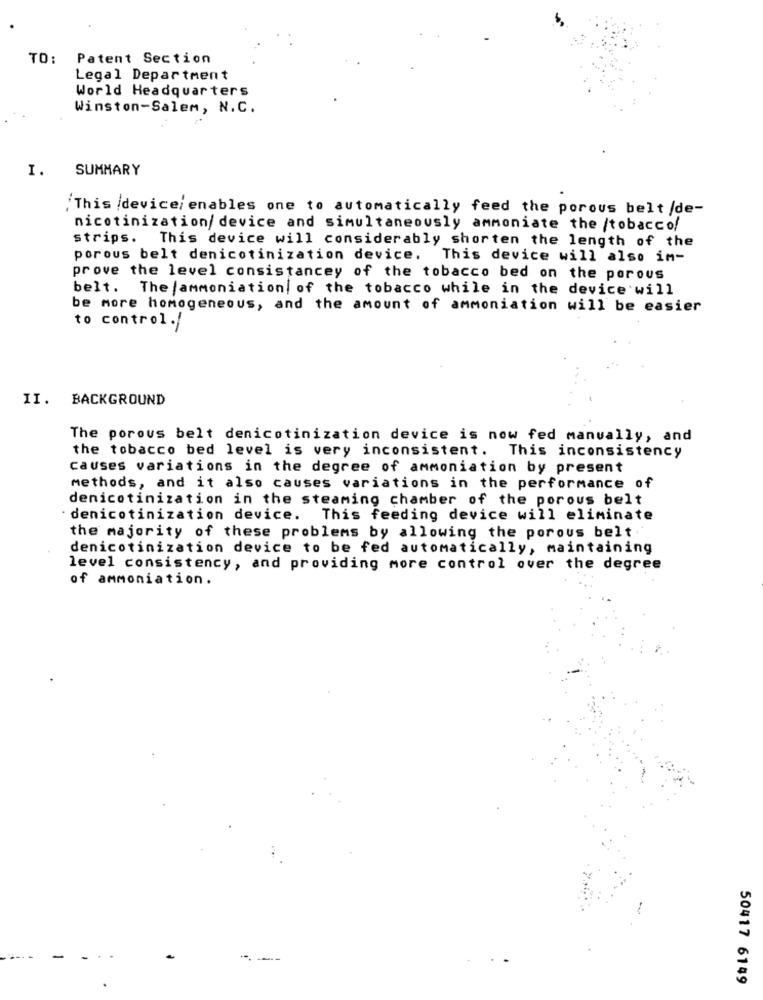
TO: Patent Section
Legal Department
World Headquarters
Winston-Salem, N.C.
I.
SUMMARY
:This device/ enables one to automatically feed the porous belt /de-
nicotinization/ device and simultaneously ammoniate the /tobacco
strips. This device will considerably shorten the length of the
porous belt denicotinization device. This device will also in-
prove the level consistancey of the tobacco bed on the porous
belt. The /ammoniation, of the tobacco while in the device will
be more homogeneous, and the amount of ammoniation will be easier
to control./
II. BACKGROUND
The porous belt denicotinization device is now fed manually, and
the tobacco bed level is very inconsistent. This inconsistency
Causes variations in the degree of ammoniation by present
methods, and it also causes variations in the performance of
denicotinization in the steaming chamber of the porous belt
denicotinization device. This feeding device will eliminate
the majority of these problems by allowing the porous belt
denicotinization device to be fed automatically, maintaining
level consistency, and providing more control over the degree
of ammoniation.
50417 6149